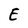
Character: E